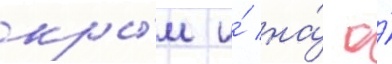
кры́м и́ на́ о́